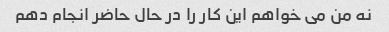
نه من می خواهم این کار را در حال حاضر انجام دهم